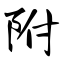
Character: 附